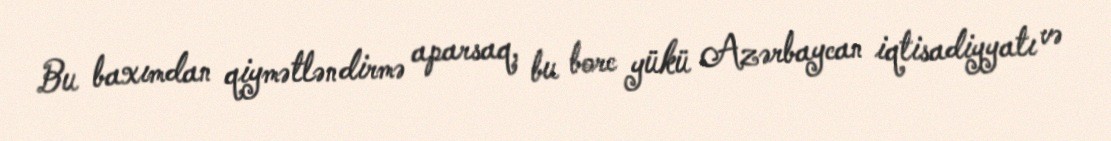
Bu baxımdan qiymətləndirmə aparsaq, bu borc yükü Azərbaycan iqtisadiyyatı və